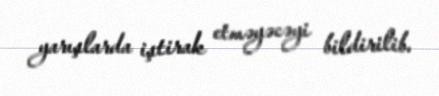
yarışlarda iştirak etməyəcəyi bildirilib.